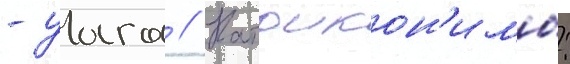
- уага // Катоикон'имы: